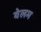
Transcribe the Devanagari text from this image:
वेलम